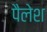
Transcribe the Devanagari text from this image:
पैलेश